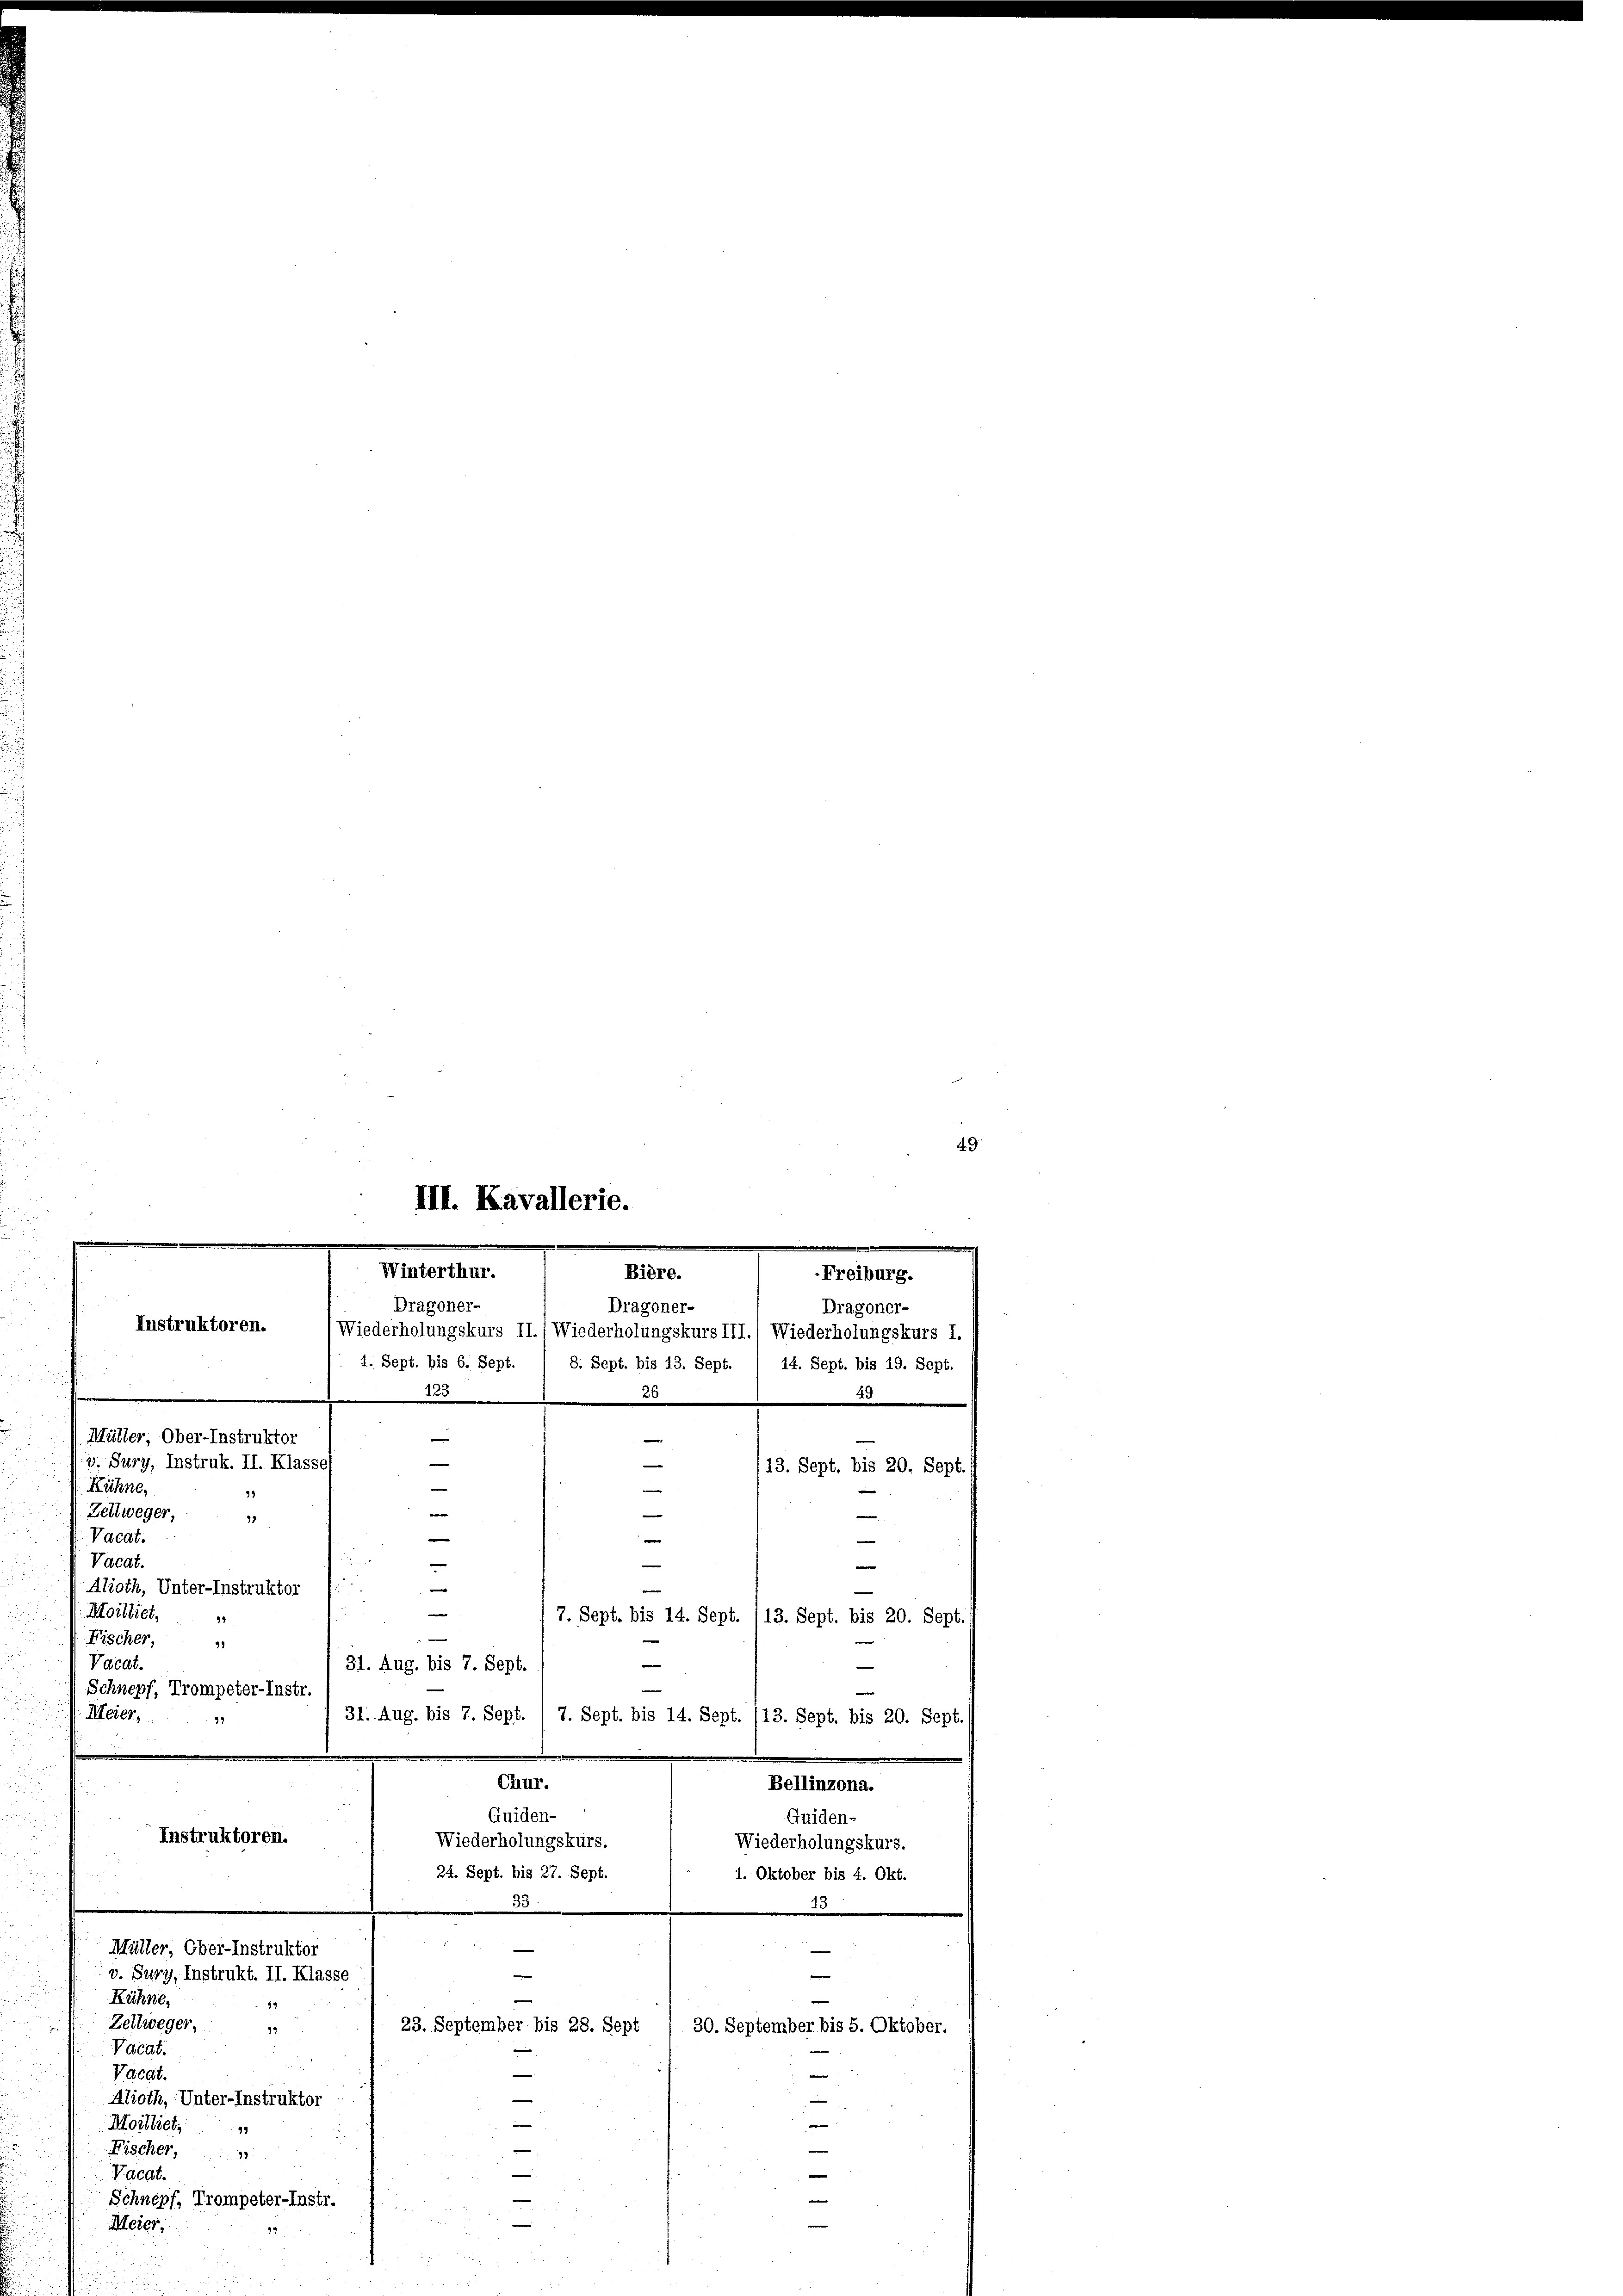
49

e
Alioth, Unter-Instruktor
“
e
e
Moilliet,
|
e
Fischer, 1
e
Vacat.
Schnepf, Trompeter-Instr.
a

Meier,
99.

III. Kavallerie.
Winterthur.
Bière.
Dragoner-
Dragoner-

Freiburg.
Dragoner-
Instruktoren.
Wiederholungskurs II.) Wiederholungskurs III.) Wiederholungskurs I.
4. Sept. bis 6. Sept. / 8. Sept. bis 13. Sept. 1 14. Sept. bis 19. Sept.
2
23

Müller, Ober-Instruktor
e
e
—
—
3. Sury, Instruk. II. Klass
13. Sept. bis 20. Sept.
e
Kühne,
e
Zeltweger,
e
e
25
Vacat.

e
Vacat.
d
Alioth, Unter-Instruktor
Moilliet,
7. Sept. bis 14. Sept. (13. Sept. bis 20. Sept. 1

Fischer,
79
e
Vacat.
31. Aug. bis 7. Sept.
e
Schnepf, Trompeter-Instr.
Meier,
31. Aug. bis 7. Sept. / 7. Sept. bis 14. Sept. (13. Sept. bis 20. Sept.
Chur.
Bellinzona.
Quiden-
Quidens
Instruktoren.
Wiederholungskurs.
Wiederholungskurs.
24. Sept. bis 27. Sept.
1. Oktober bis 4. Okt.
33
.

—
Müller, Ober-Instruktor

e
e
v. Sury, Instrukt. II. Klasse
Kühne,
e
14
Zeltweger,
23. September bis 28. Sept
30. September bis 5. Oktober.
19
Vacat.
|
Vacat.
—